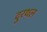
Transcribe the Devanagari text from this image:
दुरथल